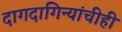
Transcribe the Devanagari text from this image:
दागदागिन्यांचीही